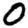
Digit: 0